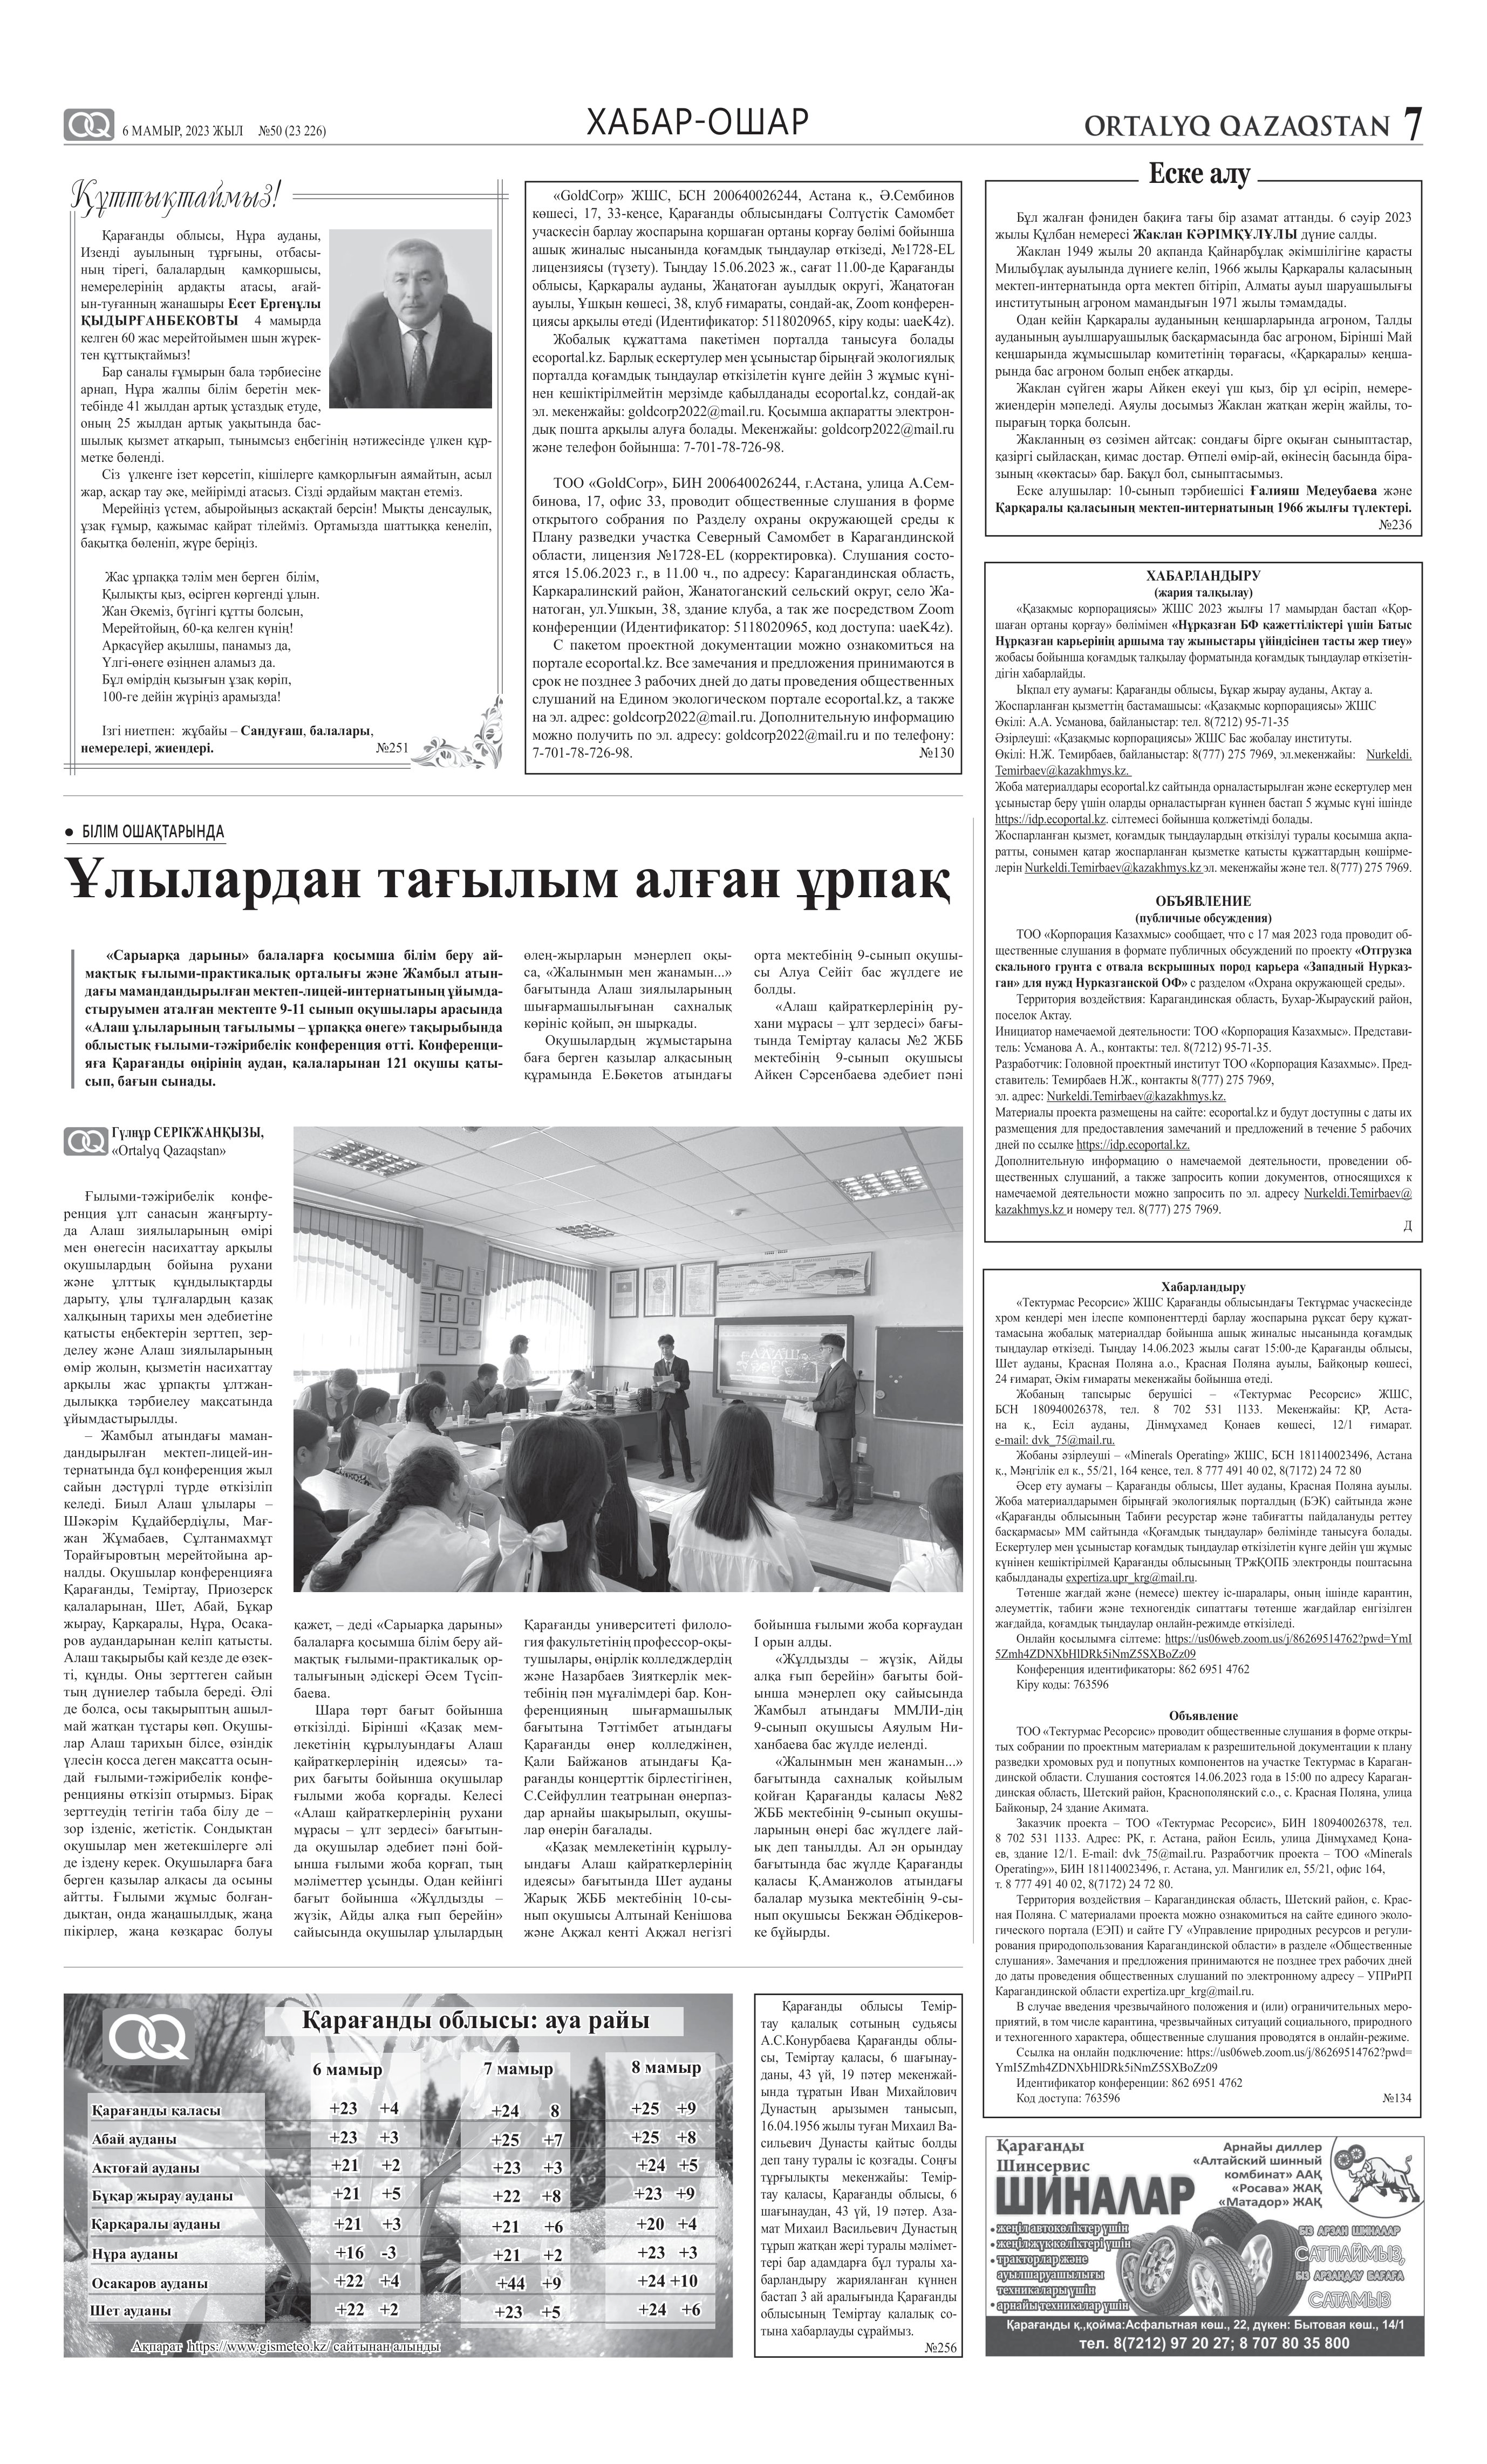
Language: kk